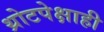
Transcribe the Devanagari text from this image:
थ्रोटपेक्षाही